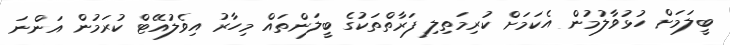
ބީލަމަށް ހުޅުވާލުމުން އެކަމަށް ކުރިމަތިލި ފަރާތްތަކުގެ ބީލަންތައް މިހާރު އިވެލުއޭޓް ކުރަމުން އަންނަ